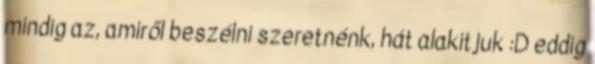
mindig az, amiről beszélni szeretnénk, hát alakitjuk :D eddig